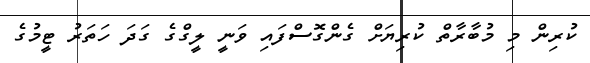
ކުރިން މި މުބާރާތް ކުރިޔަށް ގެންގޮސްފައި ވަނީ ލީގްގެ ގަދަ ހަތަރު ޓީމުގެ